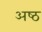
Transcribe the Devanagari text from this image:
अष्‍ठ